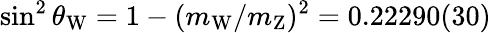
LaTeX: \sin^{2}\theta_{\mathrm{W}}=1-(m_{\mathrm{W}}/m_{\mathrm{Z}})^{2}=0.22290(30)